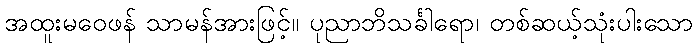
အထူးမဝေဖန် သာမန်အားဖြင့်။ ပုညာဘိသင်္ခါရော၊ တစ်ဆယ့်သုံးပါးသော